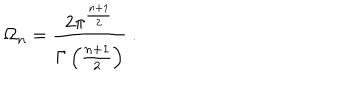
LaTeX: \Omega _ { n } = \frac { 2 \pi ^ { \frac { n + 1 } { 2 } } } { \Gamma \left( \frac { n + 1 } { 2 } \right) } \ .